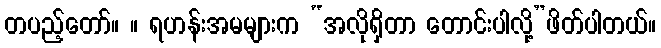
တပည့်တော်။ ။ ရဟန်းအမများက “အလိုရှိတာ တောင်းပါလို့”ဖိတ်ပါတယ်။